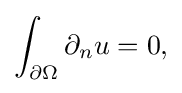
\displaystyle {\int _{\partial \Omega }\partial _{n}u=0,}